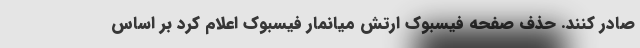
صادر کنند. حذف صفحه فیسبوک ارتش میانمار فیسبوک اعلام کرد بر اساس